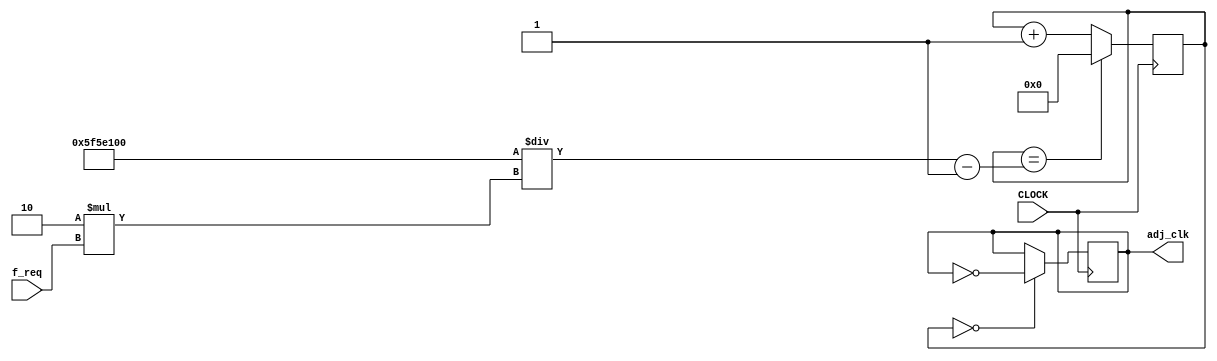
`timescale 1ns / 1ps
//////////////////////////////////////////////////////////////////////////////////
// Company: 
// Engineer: 
// 
// Design Name: 
// Module Name: m_clock
// Project Name: 
// Target Devices: 
// Tool Versions: 
// Description: 
// 
// Dependencies: 
// 
// Revision:
// Revision 0.01 - File Created
// Additional Comments:
// 
//////////////////////////////////////////////////////////////////////////////////


module m_clock(input CLOCK, input [31:0] f_req, output reg adj_clk = 0);
    reg  [31:0] count = 0;
    wire [31:0] m = (100_000_000/(2*f_req)) - 1;
    
    always @ (posedge CLOCK) begin
        count <= (count == m) ? 0 : count + 1;
        adj_clk <= (count == 0) ? ~adj_clk : adj_clk;
    end
endmodule